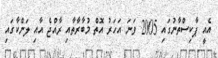
އެއީ ޕާކިސްތާނުގައި 2005 ވަނަ އަހަރު އޮތް މުބާރާތާއި ރާއްޖެ އާއި ލަންކާގައި